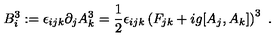
B _ { i } ^ { 3 } : = \epsilon _ { i j k } \partial _ { j } A _ { k } ^ { 3 } = \frac { 1 } { 2 } \epsilon _ { i j k } \left( F _ { j k } + i g [ A _ { j } , A _ { k } ] \right) ^ { 3 } \ .